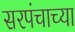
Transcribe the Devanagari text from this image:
सरपंचाच्या